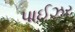
પાઈઝર